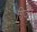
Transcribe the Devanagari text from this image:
शिवेत